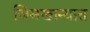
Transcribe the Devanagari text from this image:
जिमखान्यात